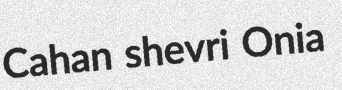
Cahan shevri Onia